65_HS1-834228961_62-HQ-83894_Section_6
Agency: FBI
Page 242
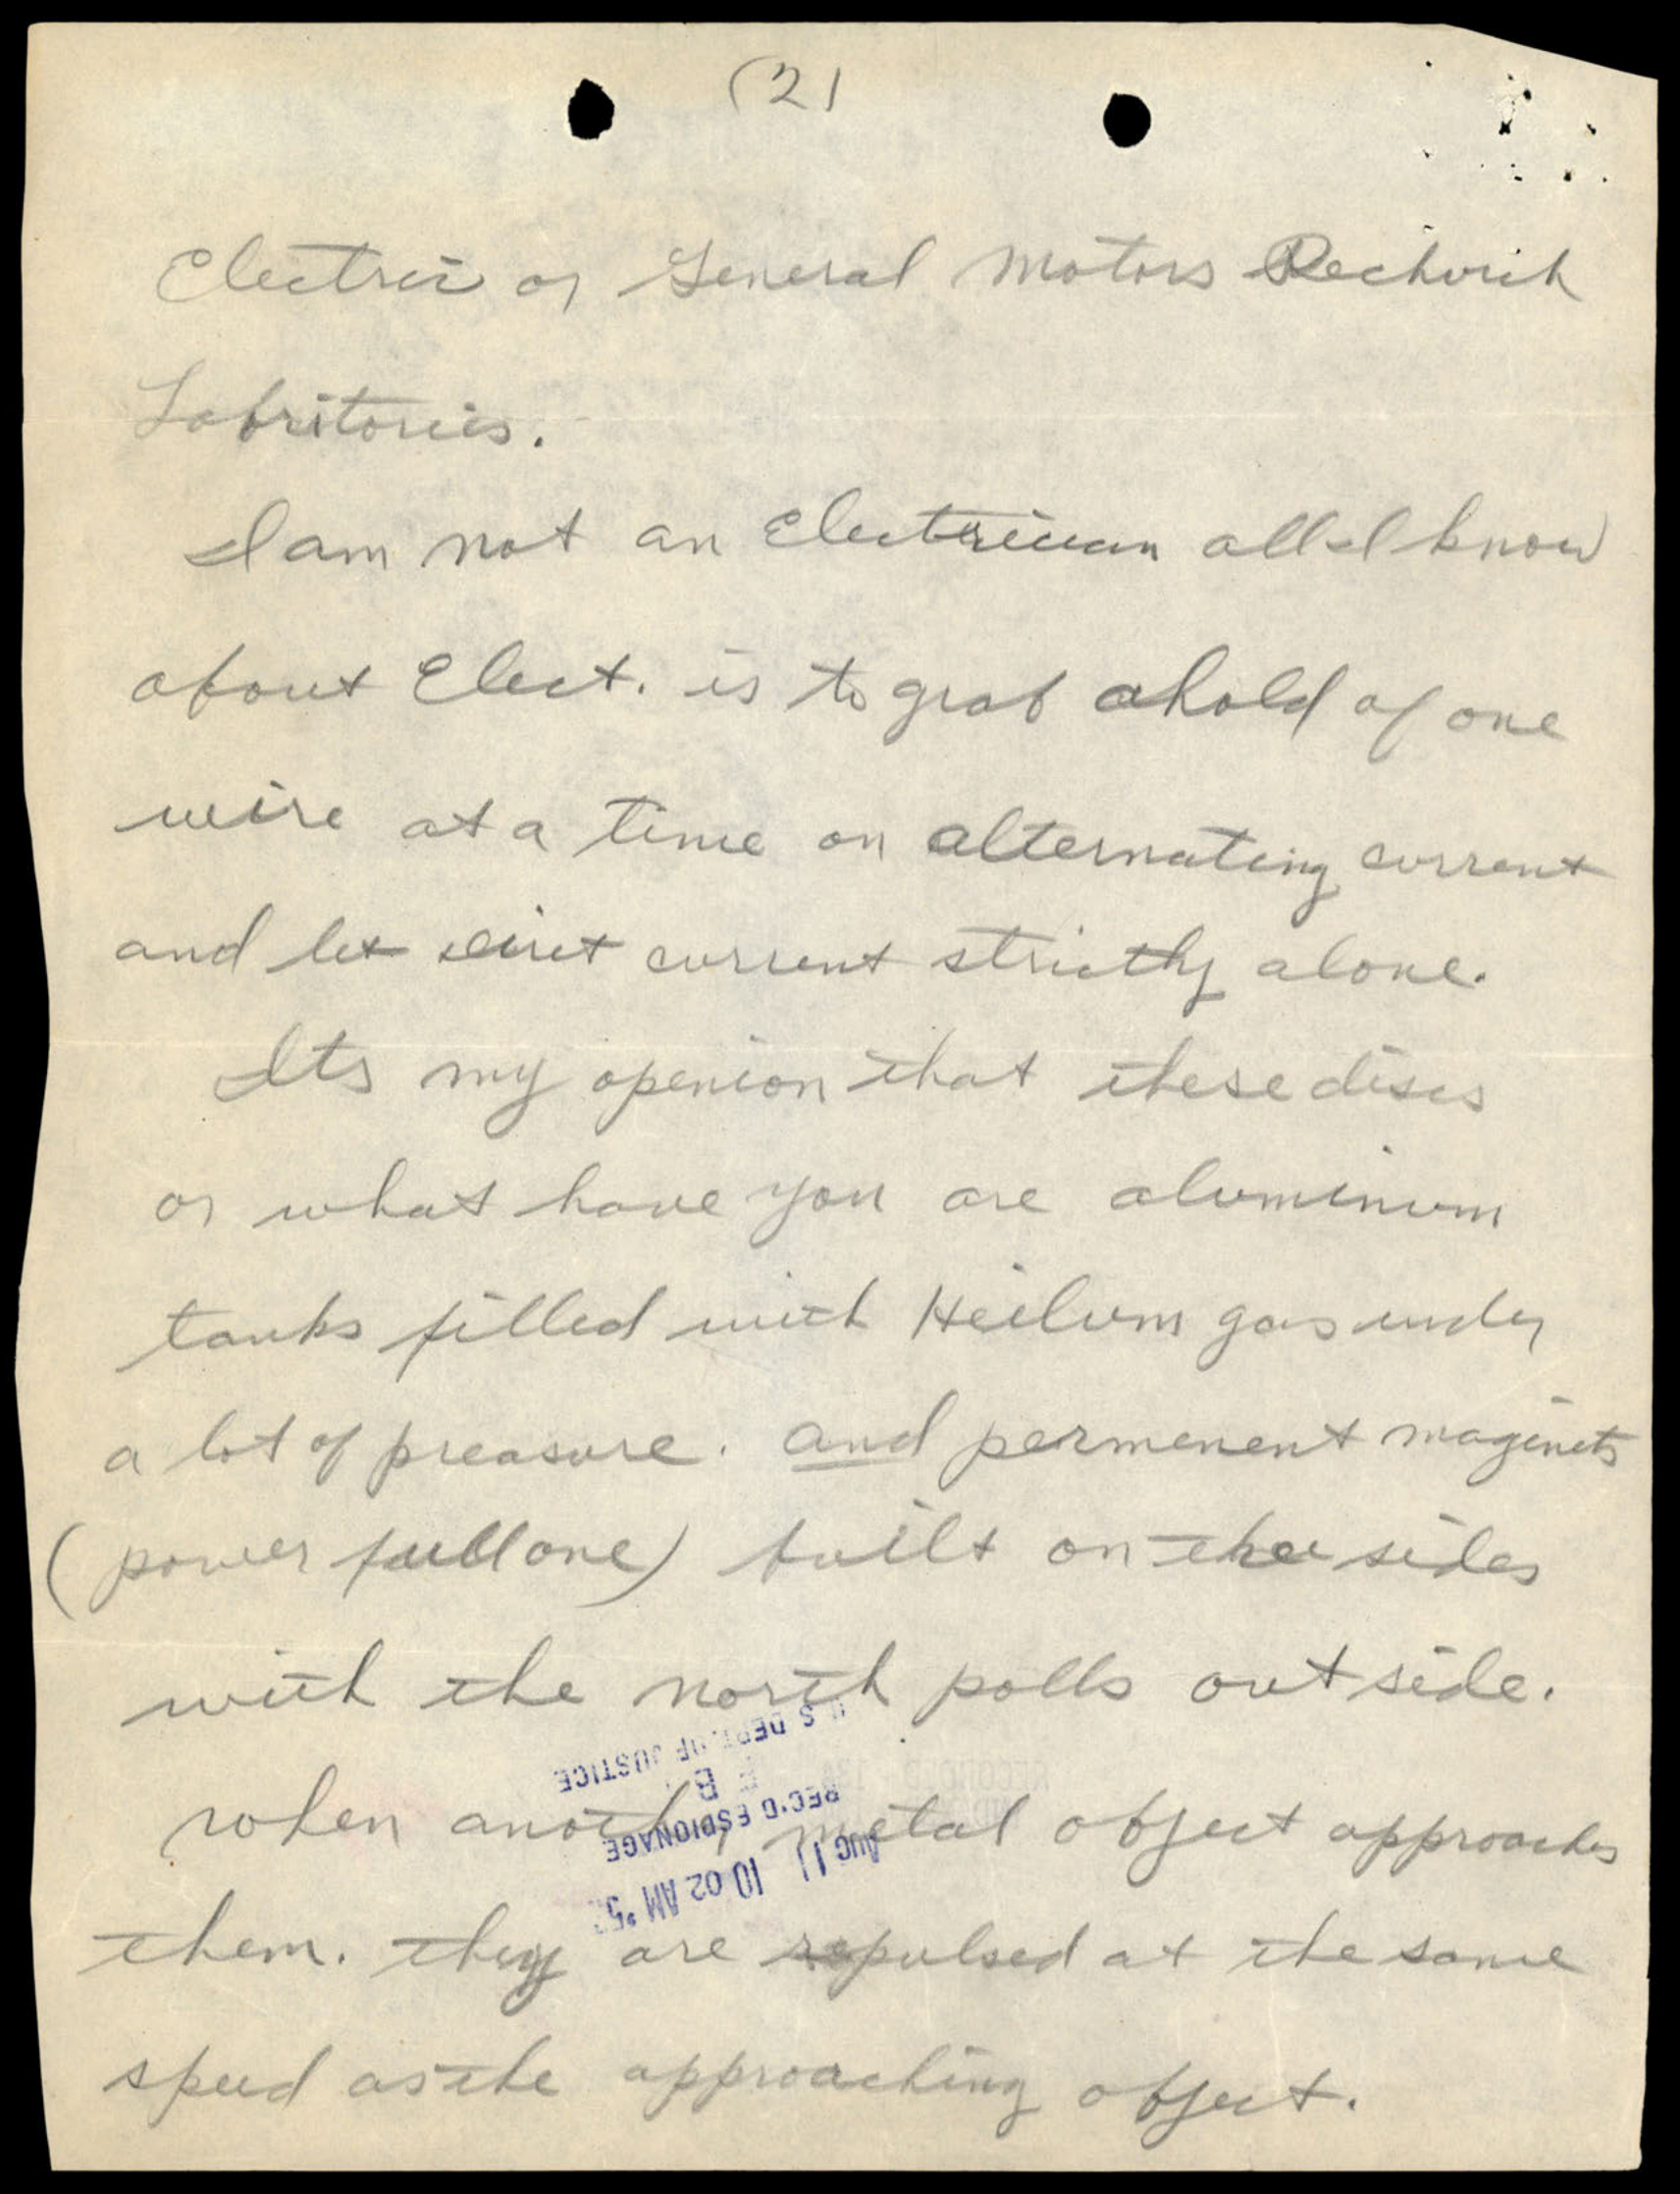